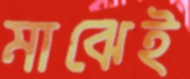
মাঝেই